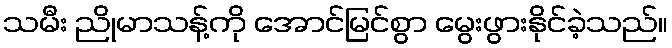
သမီး ညိုမာသန့်ကို အောင်မြင်စွာ မွေးဖွားနိုင်ခဲ့သည်။